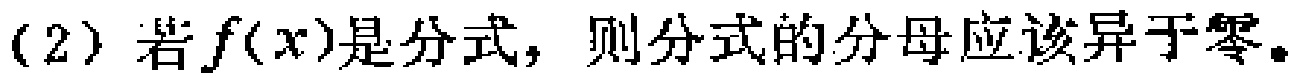
(2) 若\(f(x)\)是分式，则分式的分母应该异于零。